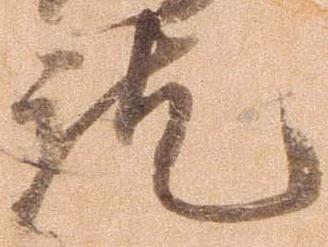
訖